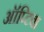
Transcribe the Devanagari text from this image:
ऑप्टिवा